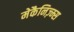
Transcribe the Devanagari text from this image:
मेकैनिज़्म्स